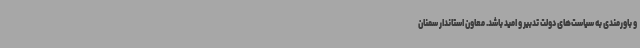
و باورمندی به سیاست‌های دولت تدبیر و امید باشد. معاون استاندار سمنان